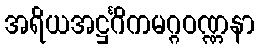
အရိယအဋ္ဌင်္ဂိကမဂ္ဂဝဏ္ဏနာ